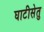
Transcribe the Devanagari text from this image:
घाटीसेतु